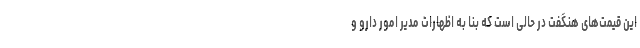
این قیمت‌های هنگفت در حالی است که بنا به اظهارات مدیر امور دارو و